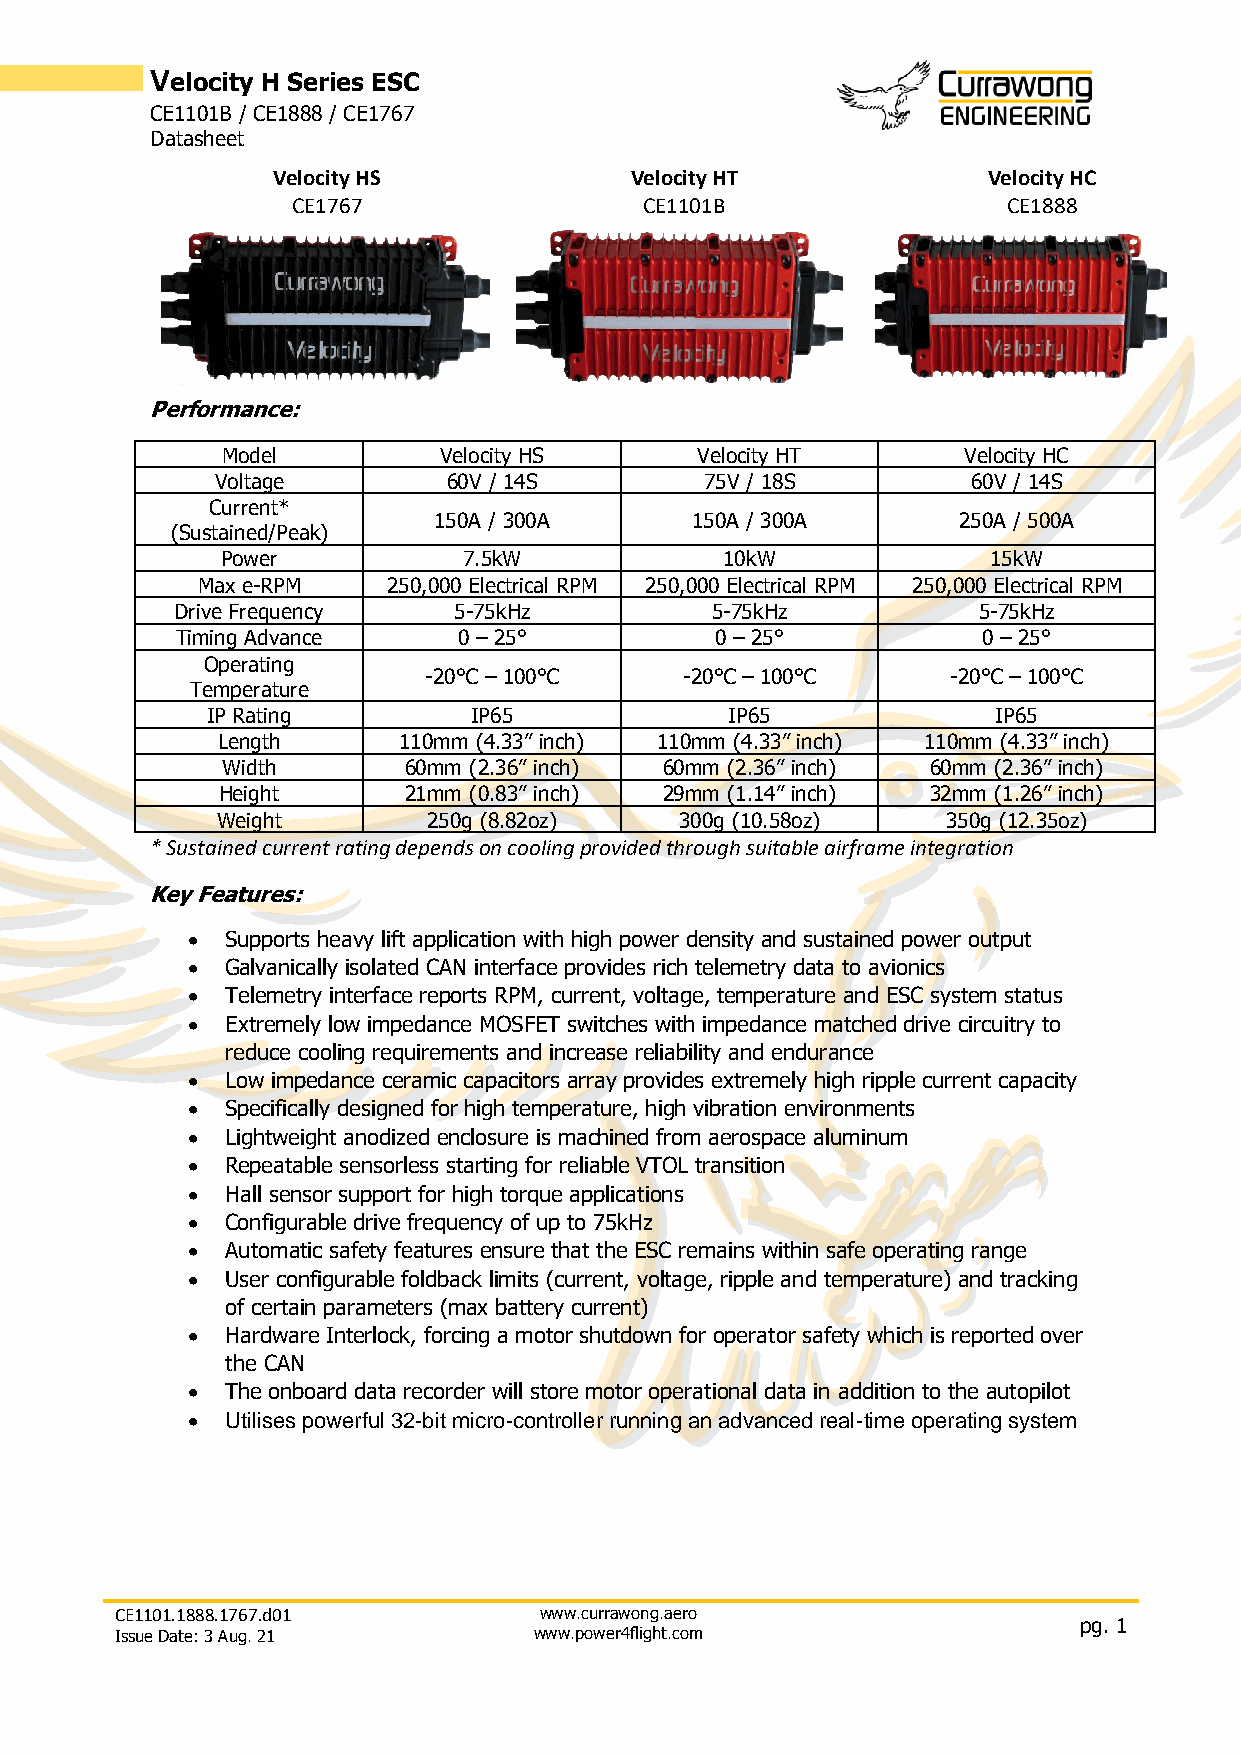
Velocity H Series ESC
 CE1101B / CE1888 / CE1767
 Datasheet
 Velocity HS             Velocity HT            Velocity HC
 CE1767                  CE1101B                 CE1888
 Performance:
 Model         Velocity HS      Velocity HT       Velocity HC
 Voltage         60V / 14S        75V / 18S        60V / 14S
 Current*
 150A / 300A      150A / 300A      250A / 500A
 (Sustained/Peak)
 Power           7.5kW            10kW              15kW
 Max e-RPM    250,000 Electrical RPM 250,000 Electrical RPM 250,000 Electrical RPM
 Drive Frequency   5-75kHz          5-75kHz           5-75kHz
 Timing Advance    0 – 25°          0 – 25°           0 – 25°
 Operating
 -20℃ – 100℃      -20℃ – 100℃       -20℃ – 100℃
 Temperature
 IP Rating        IP65             IP65              IP65
 Length      110mm (4.33” inch) 110mm (4.33” inch) 110mm (4.33” inch)
 Width       60mm (2.36” inch) 60mm (2.36” inch) 60mm (2.36” inch)
 Height      21mm (0.83” inch) 29mm (1.14” inch) 32mm (1.26” inch)
 Weight        250g (8.82oz)    300g (10.58oz)    350g (12.35oz)
 * Sustained current rating depends on cooling provided through suitable airframe integration
 Key Features:
 •  Supports heavy lift application with high power density and sustained power output
 •  Galvanically isolated CAN interface provides rich telemetry data to avionics
 •  Telemetry interface reports RPM, current, voltage, temperature and ESC system status
 •  Extremely low impedance MOSFET switches with impedance matched drive circuitry to
 reduce cooling requirements and increase reliability and endurance
 •  Low impedance ceramic capacitors array provides extremely high ripple current capacity
 •  Specifically designed for high temperature, high vibration environments
 •  Lightweight anodized enclosure is machined from aerospace aluminum
 •  Repeatable sensorless starting for reliable VTOL transition
 •  Hall sensor support for high torque applications
 •  Configurable drive frequency of up to 75kHz
 •  Automatic safety features ensure that the ESC remains within safe operating range
 •  User configurable foldback limits (current, voltage, ripple and temperature) and tracking
 of certain parameters (max battery current)
 •  Hardware Interlock, forcing a motor shutdown for operator safety which is reported over
 the CAN
 •  The onboard data recorder will store motor operational data in addition to the autopilot
 •  Utilises powerful 32-bit micro-controller running an advanced real-time operating system
 CE1101.1888.1767.d01        www.currawong.aero
 pg. 1
 Issue Date: 3 Aug. 21      www.power4flight.com